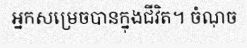
អ្នកសម្រេចបានក្នុងជីវិត។ ចំណុច